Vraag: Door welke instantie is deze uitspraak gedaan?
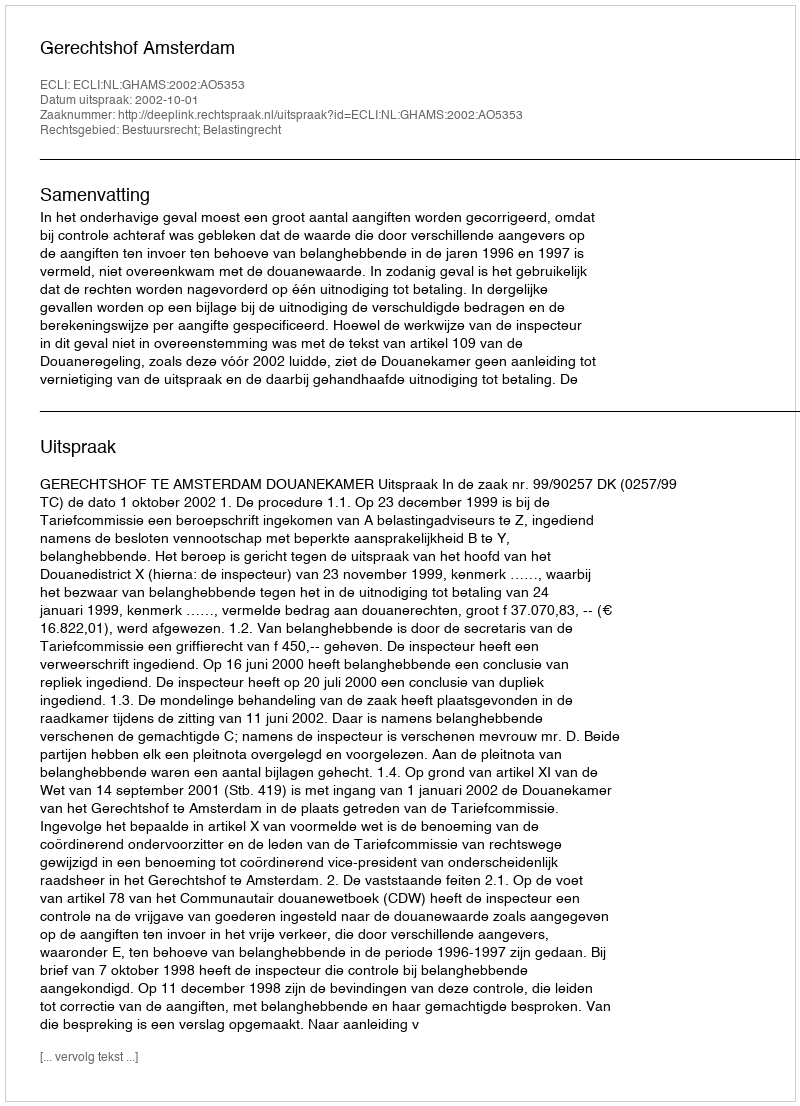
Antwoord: Gerechtshof Amsterdam